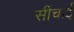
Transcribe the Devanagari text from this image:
सींचाई